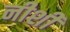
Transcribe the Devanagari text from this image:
नीशी